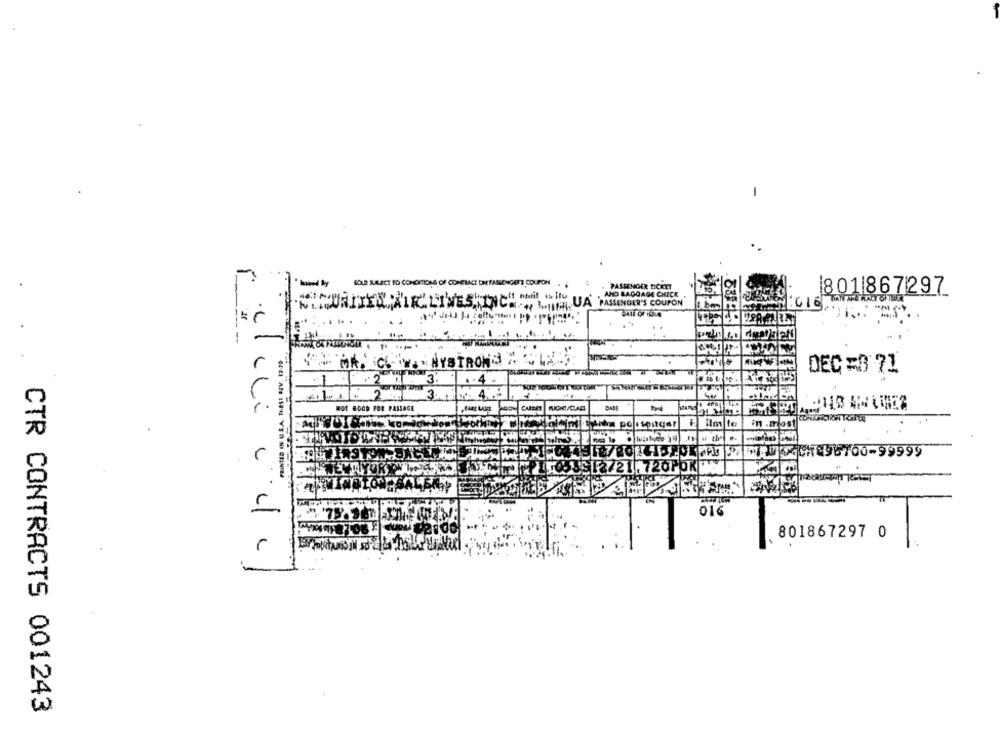
-
SOLD SALLECT PO CONDITIONS OF CONTRACT DNESASSENGETS COUPON .
.PASSENGER ROKET
AND BAGGAGE CHECK
801|867297
:016
MIUNITED AIRLINES,INCH .. WE QUA PASSINGER'S COUPON
ar
MA. C. V. MYSTROME
DEC =0 71
.4
01:2
3
DADE
NOT GOOD FOR PASSAGE
CuteET
Ilm te
in .most
HAIRSTON BASE !!
720f
JEOTER PARTE DO CT 96700-99999
535 12721 .720P5KM
016
801867297 0
CTR CONTRACTS 001243